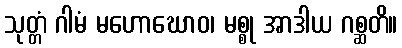
သုတ္တံ ဂါမံ မဟောဃောဝ၊ မစ္စု အာဒါယ ဂစ္ဆတိ။